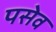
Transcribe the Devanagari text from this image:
पसेव